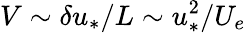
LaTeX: V\sim\delta u_{*}/L\sim u_{*}^{2}/U_{e}